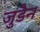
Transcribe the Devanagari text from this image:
जुडैन